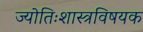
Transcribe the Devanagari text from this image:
ज्योतिःशास्त्रविषयक